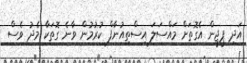
އަދި ޕީޖީން އެގޮތަށް މައްސަލަ އިސްތިއުނާފް ކުރުމުން ވާނެ ގޮތަކާ މެދު ވެސް